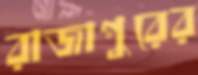
রাজাপুরের